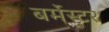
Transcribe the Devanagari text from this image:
बर्मेस्टर